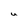
Character: u